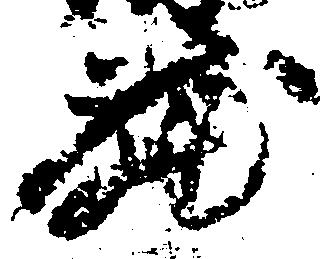
蔵